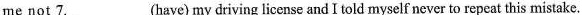
me not 7. ___ (have) my driving license and I told myself never to repeat this mistake.